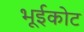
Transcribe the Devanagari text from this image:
भूईकोट